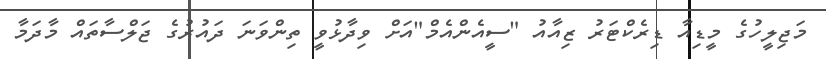
މަޖިލީހުގެ މީޑިއާ ޑިރެކްޓަރު ޒިއާއު "ސީއެންްއެމް"އަށް ވިދާޅުވީ ތިންވަނަ ދައުރުގެ ޖަލްސާތައް މާދަމާ